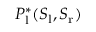
P _ { \mathrm { l } } ^ { * } ( S _ { \mathrm { l } } , S _ { \mathrm { r } } )